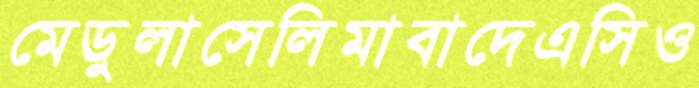
মেডুলাসেলিমাবাদেএসিও